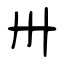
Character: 卅